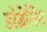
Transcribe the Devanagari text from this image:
डोब्रेनिन